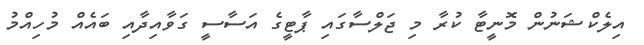
އިލެކްޝަނުން މޮނީޓާ ކުރާ މި ޖަލްސާގައި ޕާޓީގެ އަސާސީ ގަވާއިދާއި ބައެއް މުހިއްމު